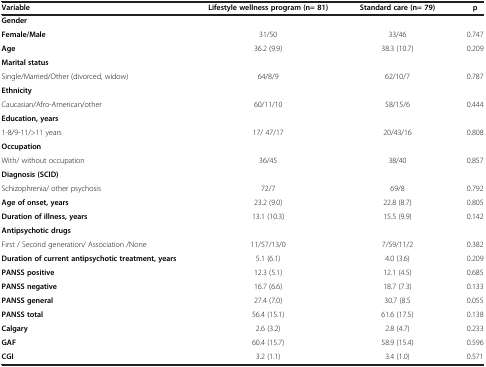
<table><thead><tr><td><b>Variable</b></td><td><b>Lifestyle wellness program (n= 81)</b></td><td><b>Standard care (n= 79)</b></td><td><b>p</b></td></tr></thead><tbody><tr><td><b>Gender</b></td><td> </td><td> </td><td> </td></tr><tr><td><b>Female/Male</b></td><td>31/50</td><td>33/46</td><td>0.747</td></tr><tr><td><b>Age</b></td><td>36.2 (9.9)</td><td>38.3 (10.7)</td><td>0.209</td></tr><tr><td><b>Marital status</b></td><td> </td><td> </td><td> </td></tr><tr><td>Single/Married/Other (divorced, widow)</td><td>64/8/9</td><td>62/10/7</td><td>0.787</td></tr><tr><td><b>Ethnicity</b></td><td> </td><td> </td><td> </td></tr><tr><td>Caucasian/Afro-American/other</td><td>60/11/10</td><td>58/15/6</td><td>0.444</td></tr><tr><td><b>Education, years</b></td><td> </td><td> </td><td> </td></tr><tr><td>1-8/9-11/&gt;11 years</td><td>17/ 47/17</td><td>20/43/16</td><td>0.808</td></tr><tr><td><b>Occupation</b></td><td> </td><td> </td><td> </td></tr><tr><td>With/ without occupation</td><td>36/45</td><td>38/40</td><td>0.857</td></tr><tr><td><b>Diagnosis (SCID)</b></td><td> </td><td> </td><td> </td></tr><tr><td>Schizophrenia/ other psychosis</td><td>72/7</td><td>69/8</td><td>0.792</td></tr><tr><td><b>Age of onset, years</b></td><td>23.2 (9.0)</td><td>22.8 (8.7)</td><td>0.805</td></tr><tr><td><b>Duration of illness, years</b></td><td>13.1 (10.3)</td><td>15.5 (9.9)</td><td>0.142</td></tr><tr><td><b>Antipsychotic drugs</b></td><td> </td><td> </td><td> </td></tr><tr><td>First / Second generation/ Association /None</td><td>11/57/13/0</td><td>7/59/11/2</td><td>0.382</td></tr><tr><td><b>Duration of current antipsychotic treatment, years</b></td><td>5.1 (6.1)</td><td>4.0 (3.6)</td><td>0.209</td></tr><tr><td><b>PANSS positive</b></td><td>12.3 (5.1)</td><td>12.1 (4.5)</td><td>0.685</td></tr><tr><td><b>PANSS negative</b></td><td>16.7 (6.6)</td><td>18.7 (7.3)</td><td>0.133</td></tr><tr><td><b>PANSS general</b></td><td>27.4 (7.0)</td><td>30.7 (8.5</td><td>0.055</td></tr><tr><td><b>PANSS total</b></td><td>56.4 (15.1)</td><td>61.6 (17.5)</td><td>0.138</td></tr><tr><td><b>Calgary</b></td><td>2.6 (3.2)</td><td>2.8 (4.7)</td><td>0.233</td></tr><tr><td><b>GAF</b></td><td>60.4 (15.7)</td><td>58.9 (15.4)</td><td>0.596</td></tr><tr><td><b>CGI</b></td><td>3.2 (1.1)</td><td>3.4 (1.0)</td><td>0.571</td></tr></tbody></table>